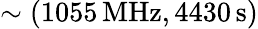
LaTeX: \sim({1055}\, \mathrm{MHz},{4430}\, \mathrm{s})